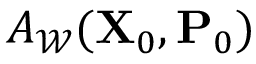
A _ { \mathcal { W } } ( \mathbf { X } _ { 0 } , \mathbf { P } _ { 0 } )